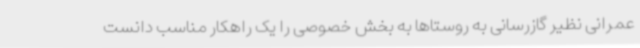
عمرانی نظیر گازرسانی به روستاها به بخش خصوصی را یک راهکار مناسب دانست